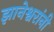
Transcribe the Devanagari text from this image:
झानेश्वरांनी